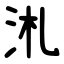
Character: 㳐